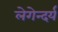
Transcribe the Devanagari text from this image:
लेगेन्दर्य